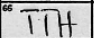
Transcription: TTH